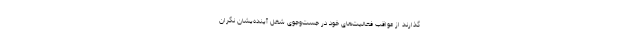
گذارند از عواقب فعالیت‌های خود در جست‌و‌جوی شغل آینده‌یشان نگران